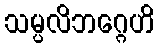
သမ္ပလိဘဂ္ဂေဟိ